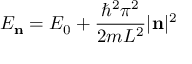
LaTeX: E _ { \mathbf { n } } = E _ { 0 } + { \frac { \hbar ^ { 2 } \pi ^ { 2 } } { 2 m L ^ { 2 } } } | \mathbf { n } | ^ { 2 }